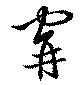
穽